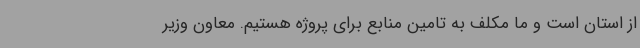
از استان است و ما مکلف به تامین منابع برای پروژه هستیم. معاون وزیر